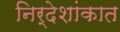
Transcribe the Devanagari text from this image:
निर्देशांकात